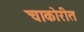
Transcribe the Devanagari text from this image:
चाकोरीत